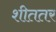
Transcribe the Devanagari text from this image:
शीततर